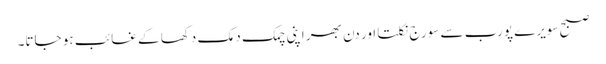
صبح سویرے پورب سے سورج نکلتا اور دن بھر اپنی چمک دمک دکھا کے غائب ہو جاتا۔